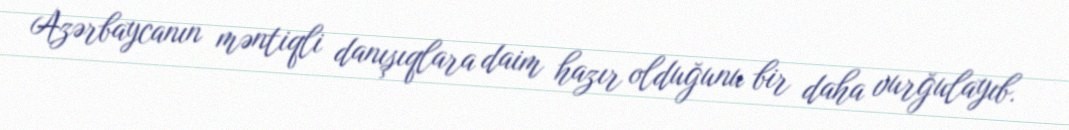
Azərbaycanın məntiqli danışıqlara daim hazır olduğunu bir daha vurğulayıb.